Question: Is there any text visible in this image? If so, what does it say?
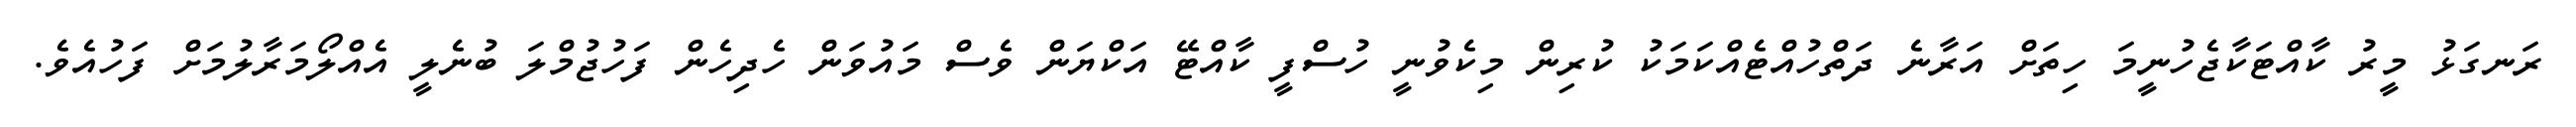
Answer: ރަނގަޅު މީރު ކާއްޓަކާޖެހުނީމަ ހިތަށް އަރާނެ ދަތްހުއްޓެއްކަމަކު ކުރިން މިކެވުނީ ހުސްފީ ކާއްޓޭ އަކްޔަން ވެސް މައުވަން ހެދިހެން ފަހުޖުމްލަ ބުނެލީ އެއްލޯމަރާލުމަށް ފަހުއެވެ.